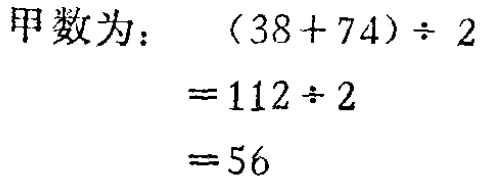
甲数为：

\[

\begin{align*}

&(38 + 74)\div2\\

=&112\div2\\

=&56

\end{align*}

\]